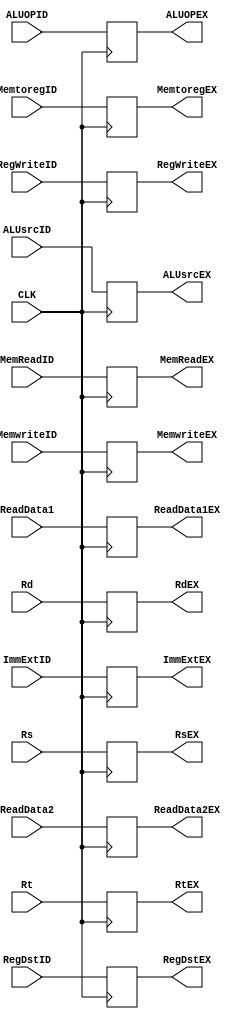
`timescale 1ns / 1ps
//////////////////////////////////////////////////////////////////////////////////
// Company: 
// 
// Design Name: 
// Module Name:     ID/EX REGISTER
// Project Name: 

// Revision: 
// Revision 0.01 - File Created
// Additional Comments: 
//////////////////////////////////////ID_EX REGISTER//////////////////////////////////////////////
module MIPS_ID_EX(
	input   CLK,			//INPUT CLOCK
	input 	MemReadID,	
	input 	MemwriteID,
	input 	MemtoregID,
	input 	RegWriteID,	
	input 	RegDstID,
	input 	ALUsrcID,
	input 	[1:0]ALUOPID,
	input 	[31:0]ImmExtID,
	input 	[31:0]ReadData1,
	input 	[31:0]ReadData2,
	input 	[4:0]Rs,
	input 	[4:0]Rt,
	input 	[4:0]Rd,
	output	reg 	MemReadEX,	
	output	reg 	MemwriteEX,
	output	reg 	MemtoregEX,
	output	reg 	RegWriteEX,	
	output	reg 	RegDstEX,
	output	reg 	ALUsrcEX,
	output	reg 	[1:0]ALUOPEX,
	output	reg 	[31:0]ReadData1EX,
	output	reg 	[31:0]ReadData2EX,
	output	reg 	[31:0]ImmExtEX,
	output	reg 	[4:0]RsEX,
	output	reg 	[4:0]RtEX,
	output	reg 	[4:0]RdEX
);
	//At ClockEdge Write the contents to ID/EX Register
	always @(posedge CLK)
	begin 
		MemReadEX <= MemReadID; 	
		MemwriteEX <= MemwriteID;
		MemtoregEX <= MemtoregID;
		RegWriteEX <= RegWriteID;
		RegDstEX <= RegDstID;
		ALUsrcEX <= ALUsrcID;
		ALUOPEX <= ALUOPID;
		ReadData1EX <= ReadData1;
		ReadData2EX <= ReadData2;
		ImmExtEX <= ImmExtID;
		RsEX <= Rs;
		RtEX <= Rt;
		RdEX <= Rd;
	end

	
endmodule